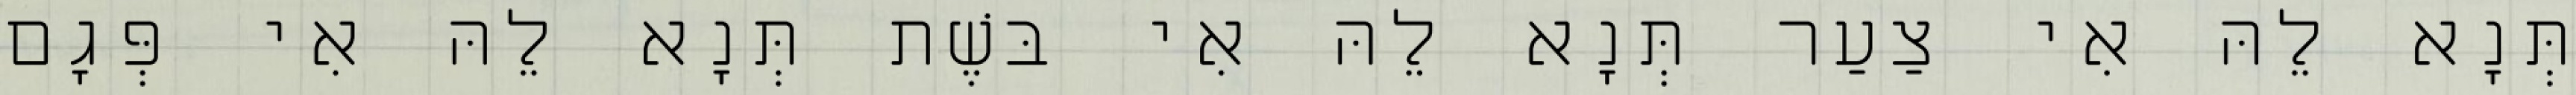
תְּנָא לֵהּ אִי צַעַר תְּנָא לֵהּ אִי בּשֶׁת תְּנָא לֵהּ אִי פְּגָם